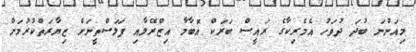
މިއަންނަ ބުދަ ދުވަހު އެމެރިކާގެ ރައީސް ބަރަކް އޮބާމާ އިޒްރޭލާއި ފަލަސްތީނަށް ޒިޔާރަތްކުރުމަށް